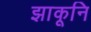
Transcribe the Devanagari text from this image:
झाकूनि